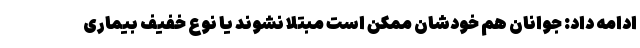
ادامه داد: جوانان هم خودشان ممکن است مبتلا نشوند یا نوع خفیف بیماری